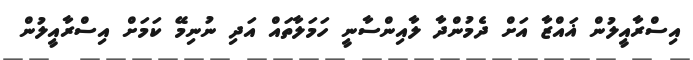
އިސްރާއީލުން ޣައްޒާ އަށް ދެމުންދާ ލާއިންސާނީ ހަމަލާތައް އަދި ނުނިމޭ ކަމަށް އިސްރާއީލުން